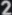
2